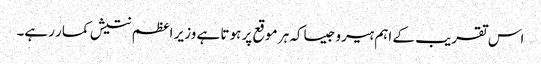
اس تقریب کے اہم ہیرو جیساکہ ہر موقع پر ہوتا ہے وزیر اعظم نتیش کمار رہے۔